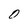
Character: 0